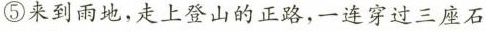
⑤来到雨地，走上登山的正路，一连穿过三座石